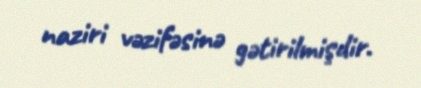
naziri vəzifəsinə gətirilmişdir.